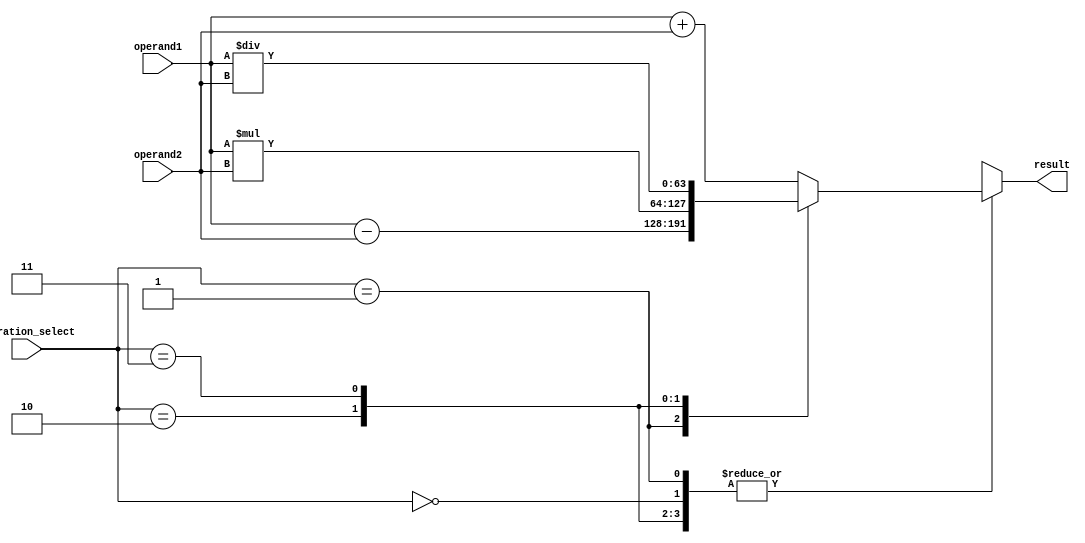
module double_precision_floating_point_unit (
    input [63:0] operand1,
    input [63:0] operand2,
    input [1:0] operation_select,
    output reg [63:0] result
);

reg [63:0] intermediate_value;

always @* begin
    case(operation_select)
        2'b00: intermediate_value = operand1 + operand2; // Addition
        2'b01: intermediate_value = operand1 - operand2; // Subtraction
        2'b10: intermediate_value = operand1 * operand2; // Multiplication
        2'b11: intermediate_value = operand1 / operand2; // Division
    endcase
end

always @* begin
    case(operation_select)
        2'b00: result = intermediate_value; // Addition
        2'b01: result = intermediate_value; // Subtraction
        2'b10: result = intermediate_value; // Multiplication
        2'b11: result = intermediate_value; // Division
    endcase
end

endmodule